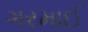
ગરમાઈ